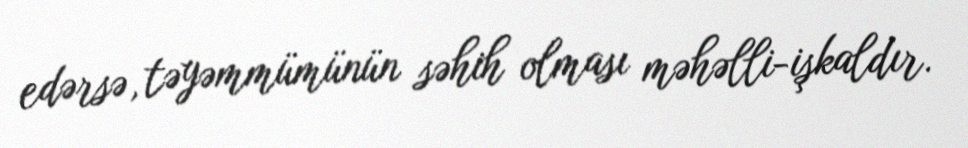
edərsə, təyəmmümünün səhih olması məhəlli-işkaldır.